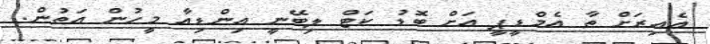
އެއިރަށް ތާ އެމްޑީޕީ އަށް ބޮޑު ކަޓް ލިބޭނީ އިންޑިއާ މީހުން އަތުން.